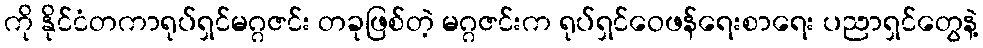
ကို နိုင်ငံတကာရုပ်ရှင်မဂ္ဂဇင်း တခုဖြစ်တဲ့ မဂ္ဂဇင်းက ရုပ်ရှင်ဝေဖန်ရေးစာရေး ပညာရှင်တွေနဲ့